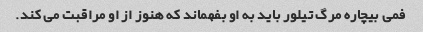
فمی بیچاره مرگ تیلور باید به او بفهماند که هنوز از او مراقبت می کند.